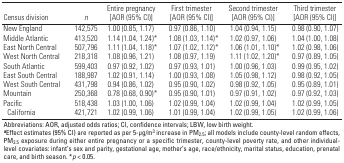
<table><thead><tr><td><b>Census division</b></td><td><b><i>n</i></b></td><td><b>Entire pregnancy [AOR (95% CI)]</b></td><td><b>First trimester [AOR (95% CI)]</b></td><td><b>Second trimester [AOR (95% CI)]</b></td><td><b>Third trimester [AOR (95% CI)]</b></td></tr></thead><tbody><tr><td><b>New England</b></td><td>142,575</td><td>1.00 (0.85, 1.17)</td><td>0.97 (0.86, 1.10)</td><td>1.04 (0.94, 1.15)</td><td>0.98 (0.90, 1.07)</td></tr><tr><td><b>Middle Atlantic</b></td><td>413,520</td><td>1.14 (1.04, 1.24)*</td><td>1.08 (1.03, 1.14)*</td><td>1.02 (0.97, 1.06)</td><td>1.04 (1.00, 1.08)</td></tr><tr><td><b>East North Central</b></td><td>507,796</td><td>1.11 (1.04, 1.18)*</td><td>1.07 (1.02, 1.12)*</td><td>1.06 (1.01, 1.10)*</td><td>1.02 (0.98, 1.06)</td></tr><tr><td><b>West North Central</b></td><td>218,318</td><td>1.08 (0.96, 1.21)</td><td>1.08 (0.97, 1.19)</td><td>1.11 (1.02, 1.20)*</td><td>0.97 (0.89, 1.05)</td></tr><tr><td><b>South Atlantic</b></td><td>599,403</td><td>0.97 (0.92, 1.02)</td><td>0.97 (0.93, 1.01)</td><td>1.00 (0.96, 1.03)</td><td>0.99 (0.95, 1.02)</td></tr><tr><td><b>East South Central</b></td><td>188,987</td><td>1.02 (0.91, 1.14)</td><td>1.00 (0.93, 1.08)</td><td>1.05 (0.98, 1.12)</td><td>0.98 (0.92, 1.05)</td></tr><tr><td><b>West South Central</b></td><td>431,798</td><td>0.94 (0.86, 1.02)</td><td>0.95 (0.90, 1.02)</td><td>0.98 (0.92, 1.05)</td><td>0.95 (0.89, 1.01)</td></tr><tr><td><b>Mountain</b></td><td>250,368</td><td>0.78 (0.68, 0.90)*</td><td>0.95 (0.90, 1.01)</td><td>0.97 (0.91, 1.02)</td><td>0.97 (0.92, 1.03)</td></tr><tr><td><b>Pacific</b></td><td>518,438</td><td>1.03 (1.00, 1.06)</td><td>1.02 (0.99, 1.04)</td><td>1.02 (0.99, 1.04)</td><td>1.02 (0.99, 1.05)</td></tr><tr><td><b>California</b></td><td>421,721</td><td>1.02 (0.99, 1.06)</td><td>1.01 (0.99, 1.04)</td><td>1.02 (0.99, 1.05)</td><td>1.02 (0.99, 1.06)</td></tr><tr><td colspan="6">Abbreviations: AOR, adjusted odds ratios; CI, confidence intervals; LBW, low birth weight. <sup><i><b>a</b></i></sup>Effect estimates (95% CI) are reported as per 5-μg/m<sup>3</sup> increase in PM<sub>2.5</sub>; all models include county-level random effects, PM<sub>2.5</sub> exposure during either entire pregnancy or a specific trimester, county-level poverty rate, and other individual-level covariates: infant’s sex and parity, gestational age, mother’s age, race/ethnicity, marital status, education, prenatal care, and birth season. *<i>p</i> &lt; 0.05.</td></tr></tbody></table>